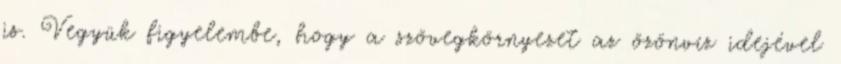
is. Vegyük figyelembe, hogy a szövegkörnyezet az özönvíz idejével